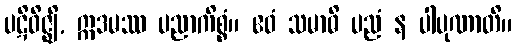
ပဋိဝိဇ္ဈိ, ဣဒမဿ ပညာကိစ္စံ။ ဧဝံ သမာဓိ ပညံ န ပါပုဏာတိ။